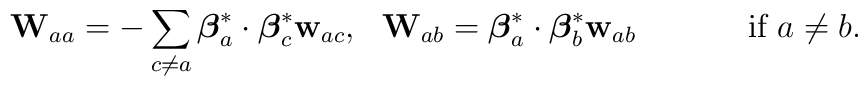
{\bf W}_{aa}=-\sum_{c\neq a}{\mbox{\boldmath $\beta$}}_a^*\cdot{\mbox{\boldmath $\beta$}}_c^*{\bf w}_{ac},\,\,\,\,{\bf W}_{ab}={\mbox{\boldmath $\beta$}}_a^*\cdot{\mbox{\boldmath $\beta$}}_b^*{\bf w}_{ab}\quad\hbox{\hskip 1cm if $a\neq b$}.